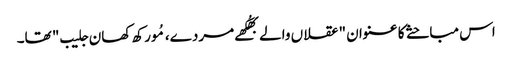
اس مباحثے کا عنوان "عقلاں والے بھُکھے مردے، مُورکھ کھان جلیب" تھا۔